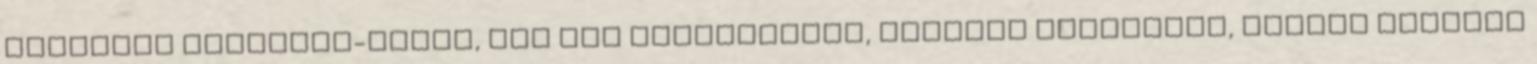
krónikus fájdalom-tünet, ami sok betegséghez, például migrénhez, reumás ízületi